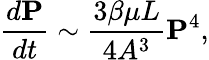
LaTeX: \frac{d\mathbf{P}}{dt}\sim\frac{3\beta\mu L}{4A^{3}}\mathbf{P}^{4},